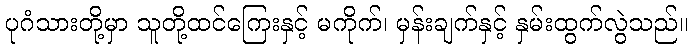
ပုဂံသားတို့မှာ သူတို့ထင်ကြေးနှင့် မကိုက်၊ မှန်းချက်နှင့် နှမ်းထွက်လွဲသည်။